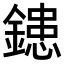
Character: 𨫑